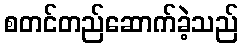
စတင်တည်ဆောက်ခဲ့သည်